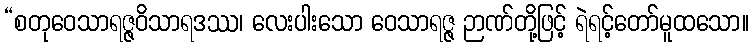
“စတုဝေသာရဇ္ဇဝိသာရဒဿ၊ လေးပါးသော ဝေသာရဇ္ဇ ဉာဏ်တို့ဖြင့် ရဲရင့်တော်မူထသော။